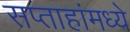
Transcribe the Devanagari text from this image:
सप्ताहांमध्ये